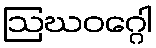
ဩဃဝဂ္ဂေါ